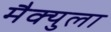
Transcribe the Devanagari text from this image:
मैक्युला